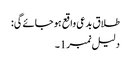
طلاق بدعی واقع ہو جائےگی:
دلیل نمبر1۔